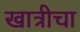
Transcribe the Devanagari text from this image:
खात्रीचा